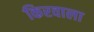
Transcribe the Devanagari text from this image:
किरवाला